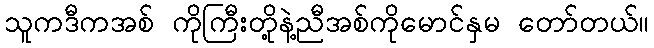
သူကဒီကအစ် ကိုကြီးတို့နဲ့ညီအစ်ကိုမောင်နှမ တော်တယ်။